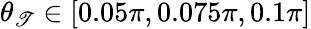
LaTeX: \theta_{\mathscr{T}}\in\left[0.05\pi,0.075\pi,0.1\pi\right]